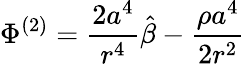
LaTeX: \Phi^{(2)}=\frac{2{a}^{4}}{r^{4}}\hat{\beta}-\frac{\rho{a}^{4}}{2r^{2}}